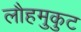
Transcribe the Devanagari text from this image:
लौहमुकुट